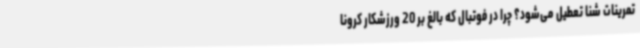
تمرینات شنا تعطیل می‌شود؟ چرا در فوتبال که بالغ بر 20 ورزشکار کرونا